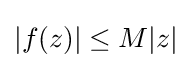
|f(z)|\leq M|z|